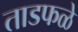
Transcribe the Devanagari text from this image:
ताडफळे